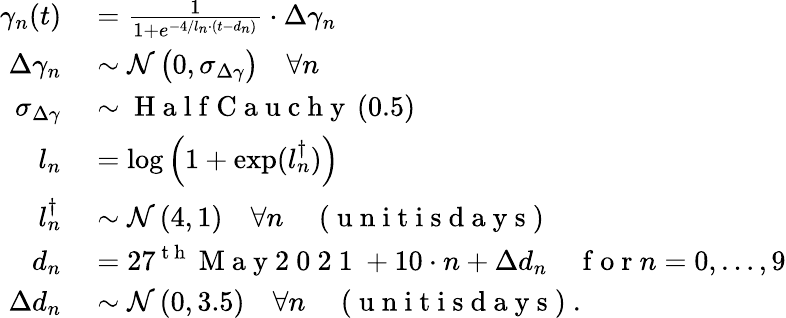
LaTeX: \begin{array}{rl}{\gamma_{n}(t)}&{{}=\frac{1}{1+e^{-4/l_{n}\cdot(t-d_{n})}}\cdot\Delta\gamma_{n}}\\ {\Delta\gamma_{n}}&{{}\sim\mathcal{N}\left(0,\sigma_{\Delta\gamma}\right)\quad\forall n}\\ {\sigma_{\Delta\gamma}}&{{}\sim\mathrm{~H~a~l~f~C~a~u~c~h~y~}\left(0.5\right)}\\ {l_{n}}&{{}=\log\left(1+\exp(l_{n}^{\dagger})\right)}\\ {l_{n}^{\dagger}}&{{}\sim\mathcal{N}\left(4,1\right)\quad\forall n\quad\mathrm{~(~u~n~i~t~i~s~d~a~y~s~)~}}\\ {d_{n}}&{{}=27^{\mathrm{~t~h~}}\mathrm{~M~a~y~2~0~2~1~}+10\cdot n+\Delta d_{n}\quad\mathrm{~f~o~r~}n={0,\dots,9}}\\ {\Delta d_{n}}&{{}\sim\mathcal{N}\left(0,3.5\right)\quad\forall n\quad\mathrm{~(~u~n~i~t~i~s~d~a~y~s~)~}.}\end{array}